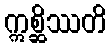
ဣစ္ဆိဿတိ